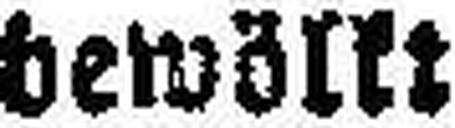
bewölkt